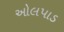
ઓલપાડ